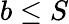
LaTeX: b\leq S